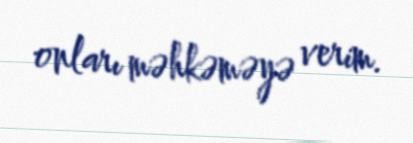
onları məhkəməyə verim.